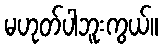
မဟုတ်ပါဘူးကွယ်။